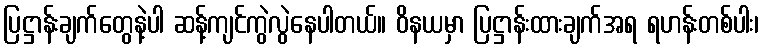
ပြဋ္ဌာန်းချက်တွေနဲ့ပါ ဆန့်ကျင်ကွဲလွဲနေပါတယ်။ ဝိနယမှာ ပြဋ္ဌာန်းထားချက်အရ ရဟန်းတစ်ပါး၊